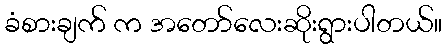
ခံစားချက် က အတော်လေးဆိုးရွားပါတယ်။